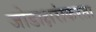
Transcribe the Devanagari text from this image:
जोडाक्षरांकरता